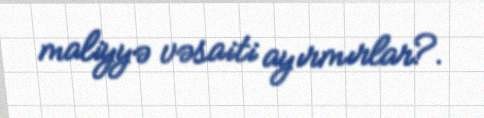
maliyyə vəsaiti ayırmırlar?.